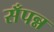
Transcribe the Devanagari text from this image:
सँपन्न